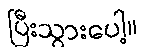
ပြီးသွားပေါ့။